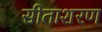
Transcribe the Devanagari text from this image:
सीताशरण